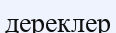
дереклер